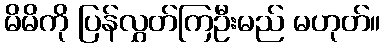
မိမိကို ပြန်လွှတ်ကြဦးမည် မဟုတ်။